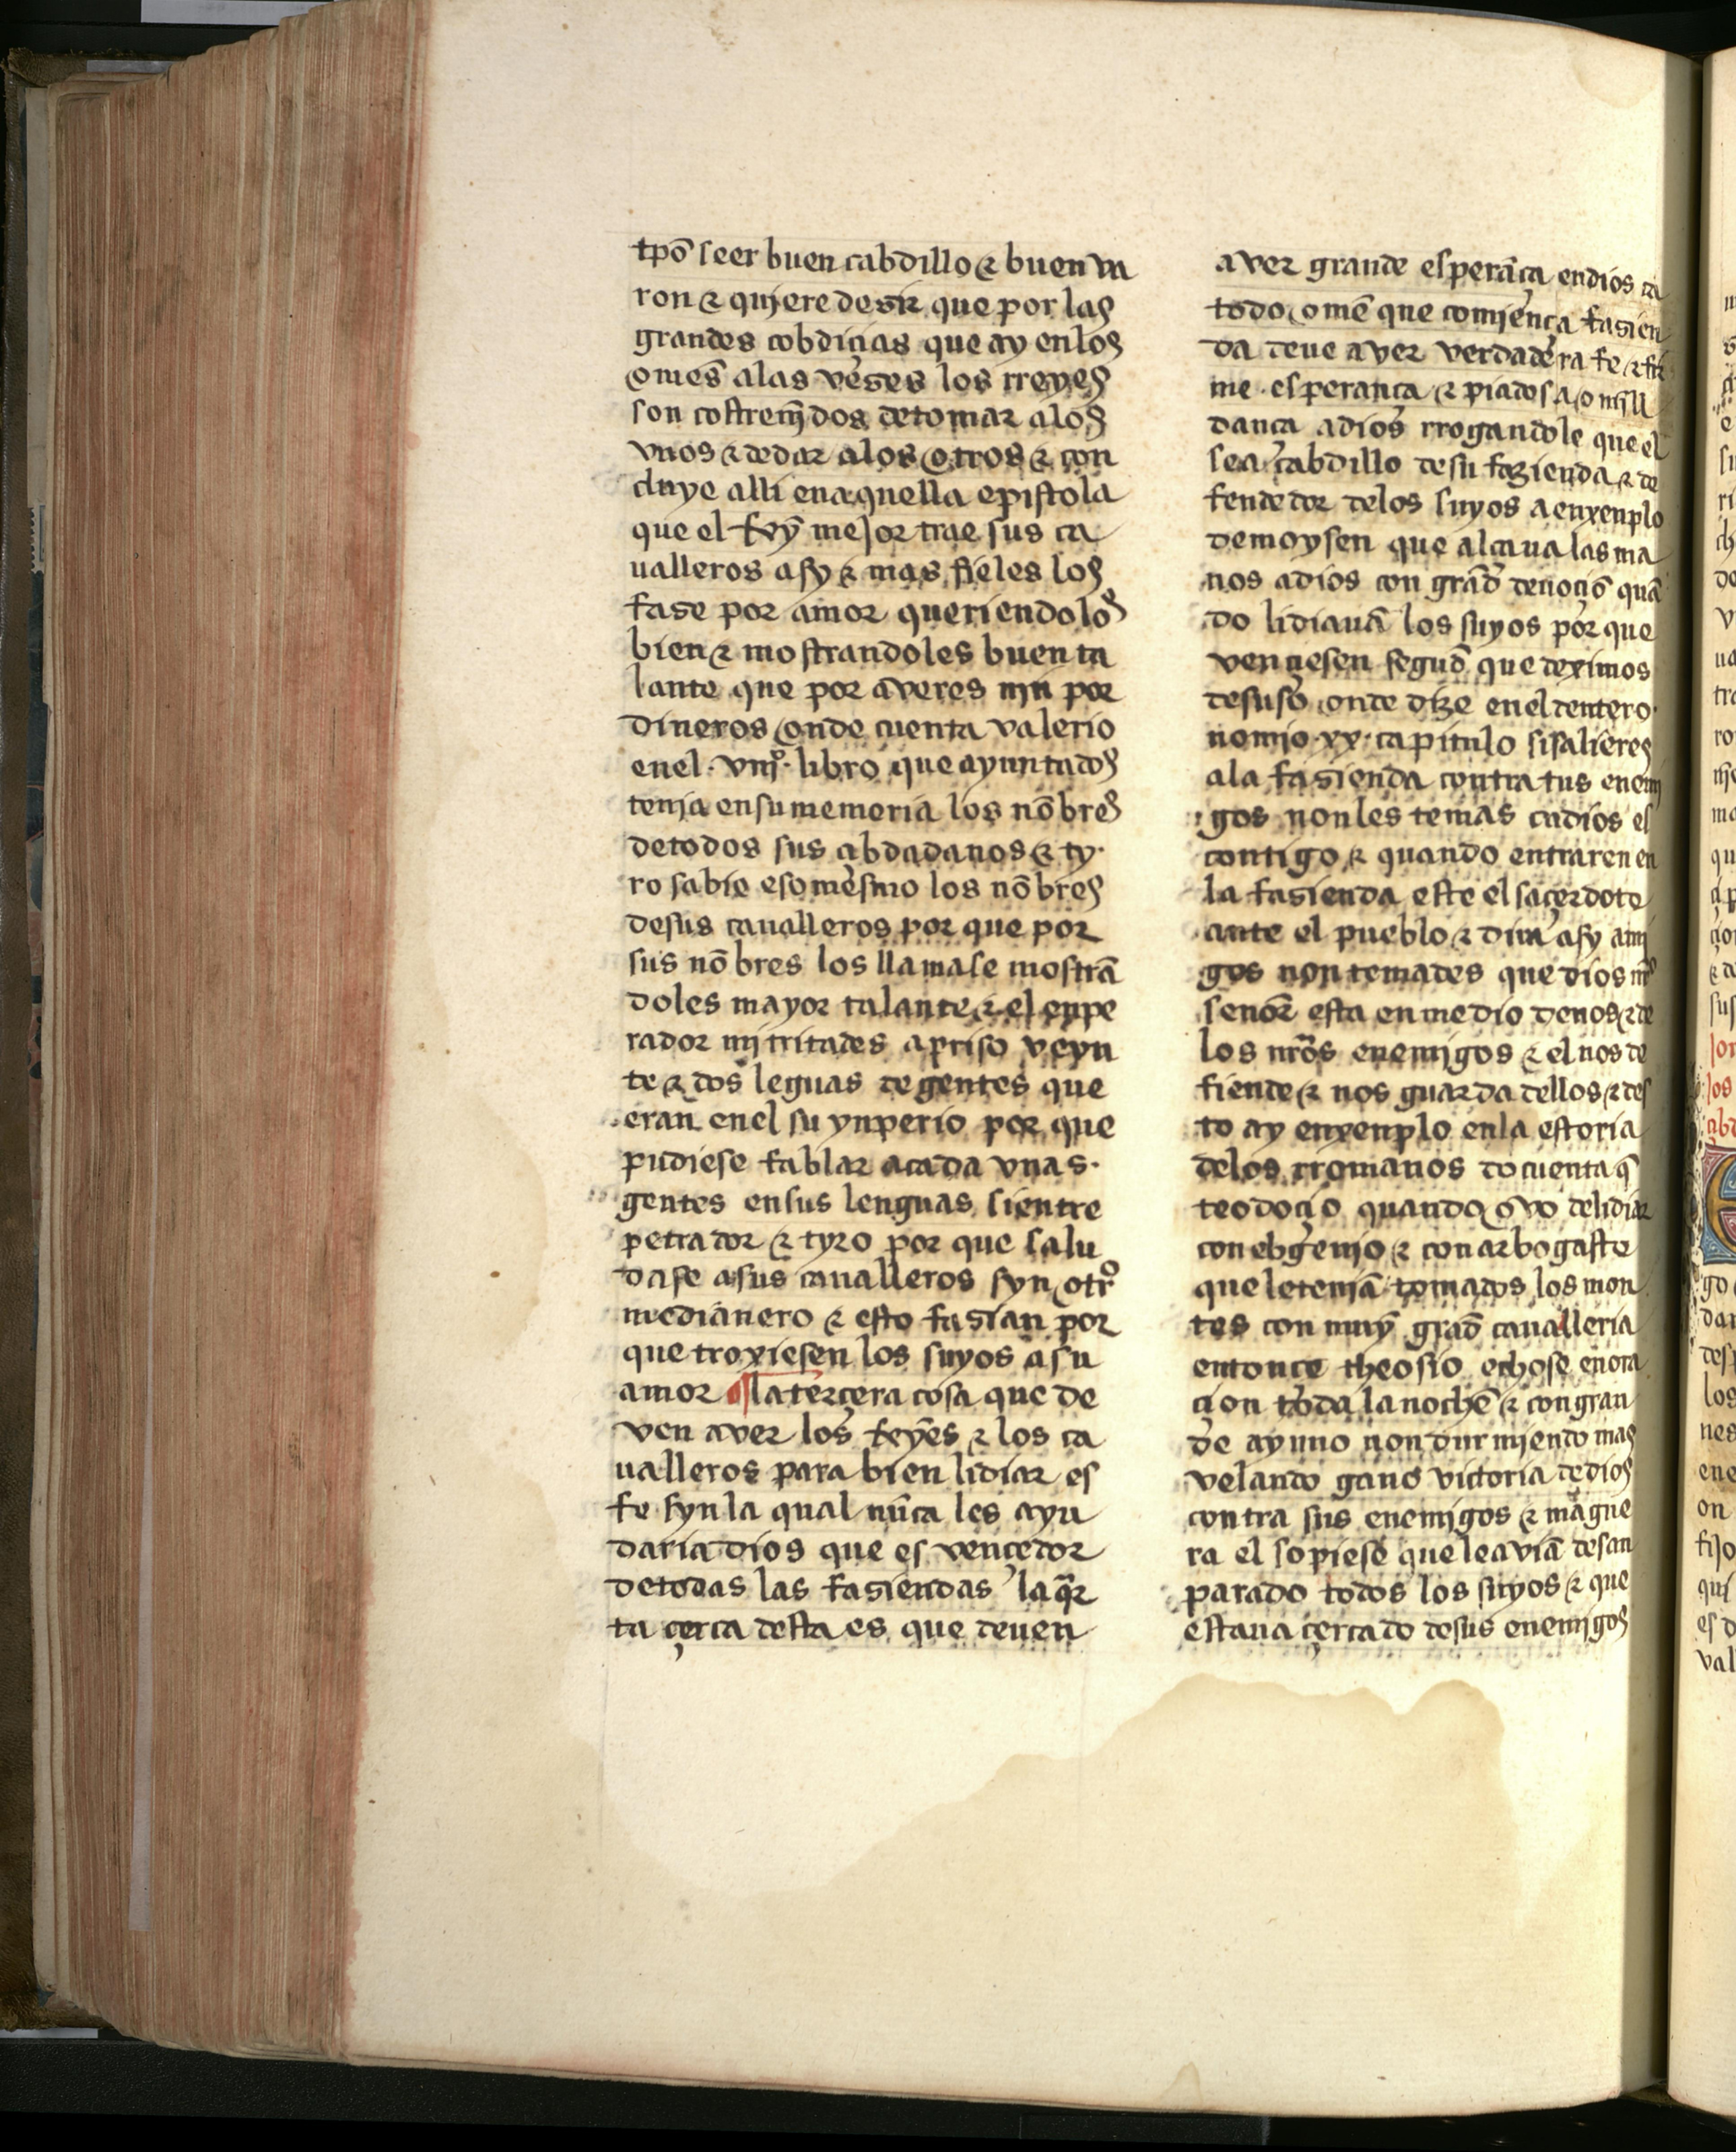
Shelfmark: Salamanca, Biblioteca Histórica USAL, 2709
Century: 15